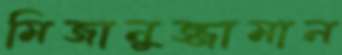
মিজানুজ্জামান